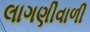
લાગણીવાળી